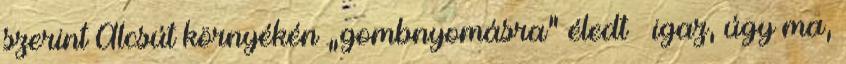
szerint Alcsút környé­kén „gombnyomásra” éledt – igaz, úgy ma,